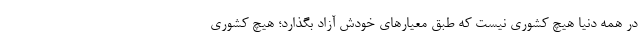
در همه دنیا هیچ کشوری نیست که طبق معیارهای خودش آزاد بگذارد؛ هیچ کشوری